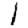
Digit: 1